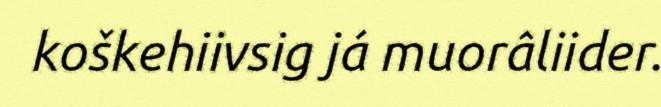
koškehiivsig já muorâliider.